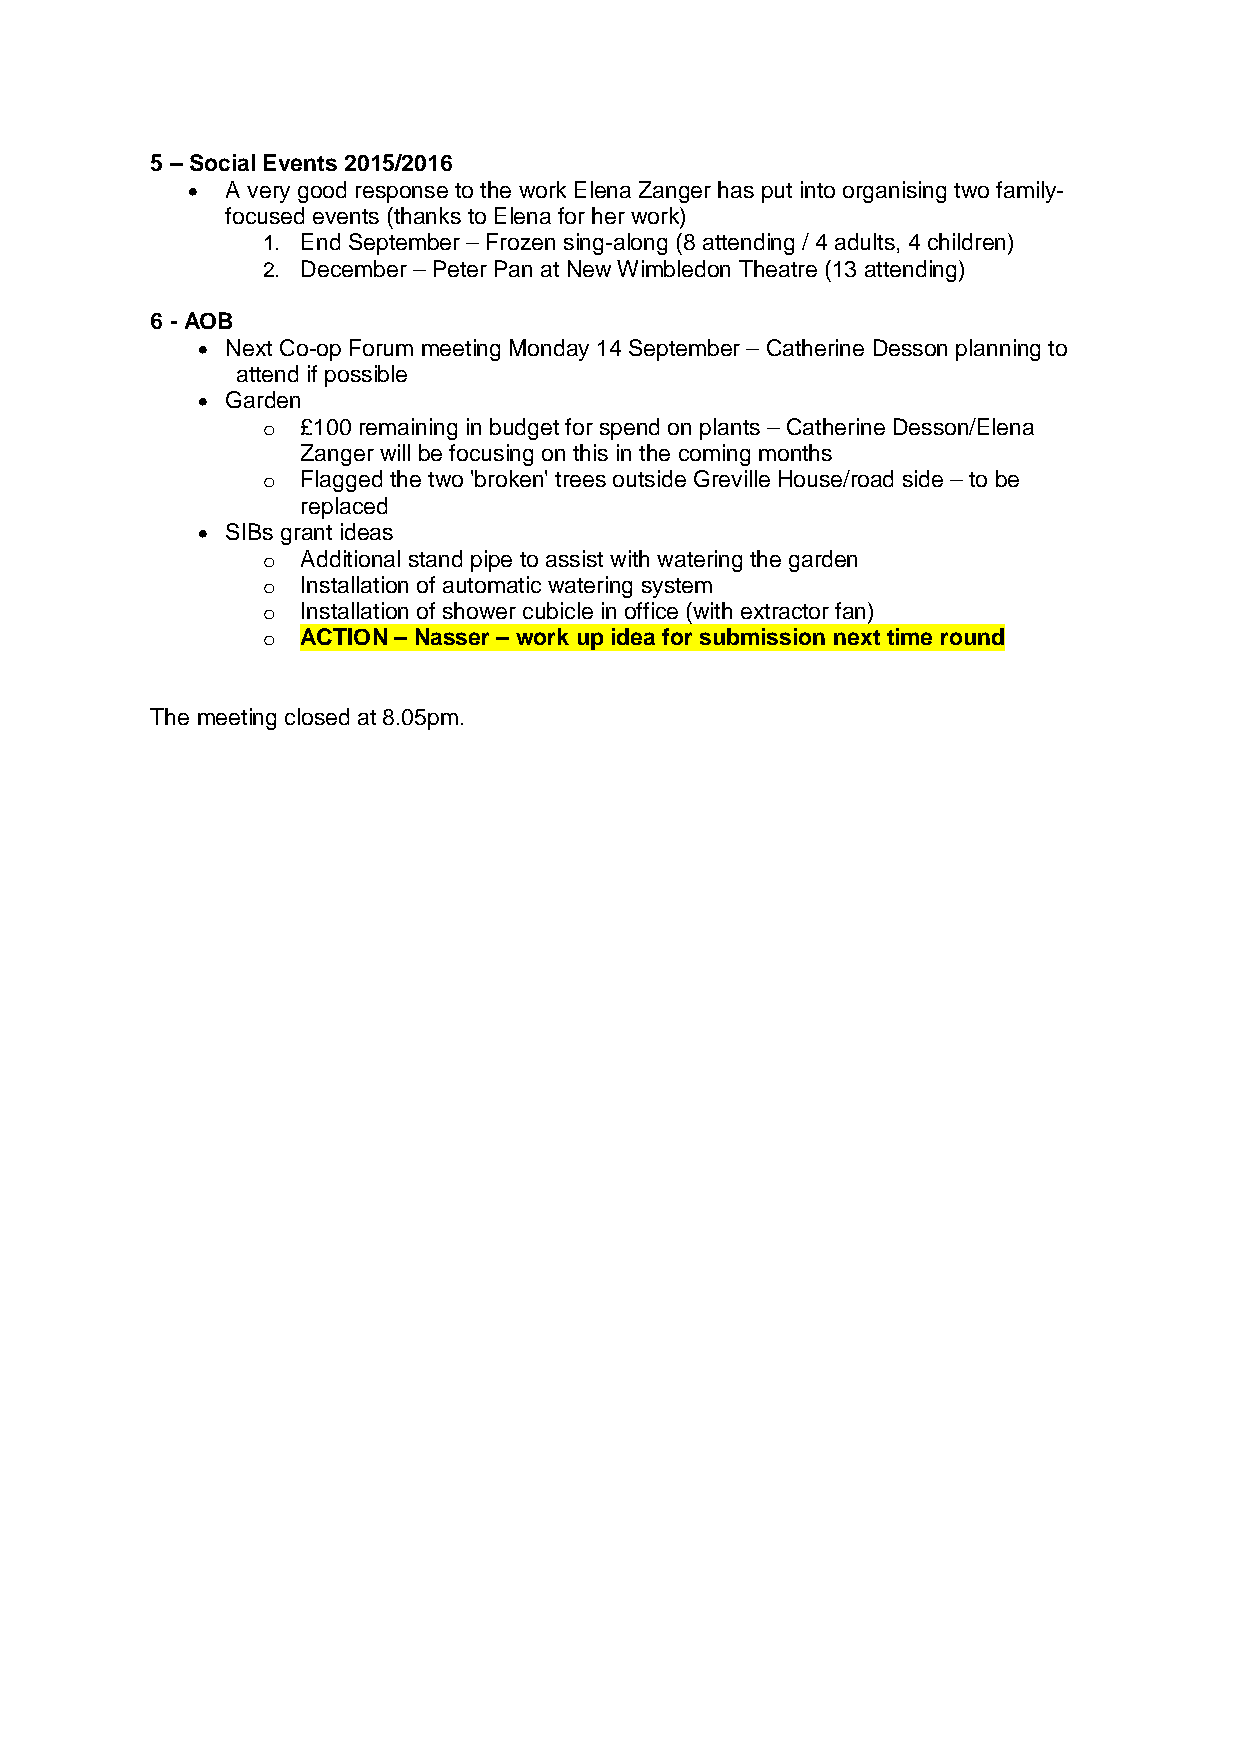
5 – Social Events 2015/2016
 •  A very good response to the work Elena Zanger has put into organising two family-
 focused events (thanks to Elena for her work)
 1. End September – Frozen sing-along (8 attending / 4 adults, 4 children)
 2. December – Peter Pan at New Wimbledon Theatre (13 attending)
 6 - AOB
 • Next Co-op Forum meeting Monday 14 September – Catherine Desson planning to
 attend if possible
 • Garden
 o  £100 remaining in budget for spend on plants – Catherine Desson/Elena
 Zanger will be focusing on this in the coming months
 o  Flagged the two 'broken' trees outside Greville House/road side – to be
 replaced
 • SIBs grant ideas
 o  Additional stand pipe to assist with watering the garden
 o  Installation of automatic watering system
 o  Installation of shower cubicle in office (with extractor fan)
 o  ACTION – Nasser – work up idea for submission next time round
 The meeting closed at 8.05pm.